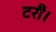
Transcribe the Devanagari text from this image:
टरौ।